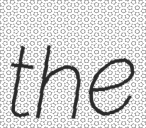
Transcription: the